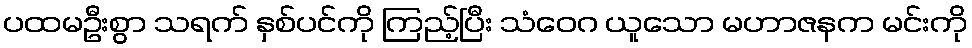
ပထမဦးစွာ သရက် နှစ်ပင်ကို ကြည့်ပြီး သံဝေဂ ယူသော မဟာဇနက မင်းကို